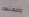
وضعتهم